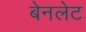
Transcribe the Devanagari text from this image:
बेनलेट